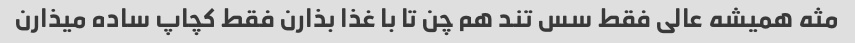
مثه همیشه عالی فقط سس تند هم چن تا با غذا بذارن فقط کچاپ ساده میذارن